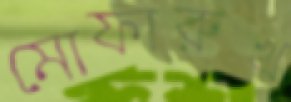
মোফারুখ